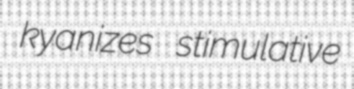
kyanizes stimulative